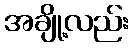
အချို့လည်း